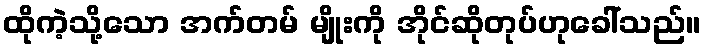
ထိုကဲ့သို့သော အက်တမ် မျိုးကို အိုင်ဆိုတုပ်ဟုခေါ်သည်။